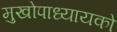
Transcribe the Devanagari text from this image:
मुखोपाध्यायको